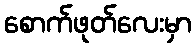
စောက်ဖုတ်လေးမှာ